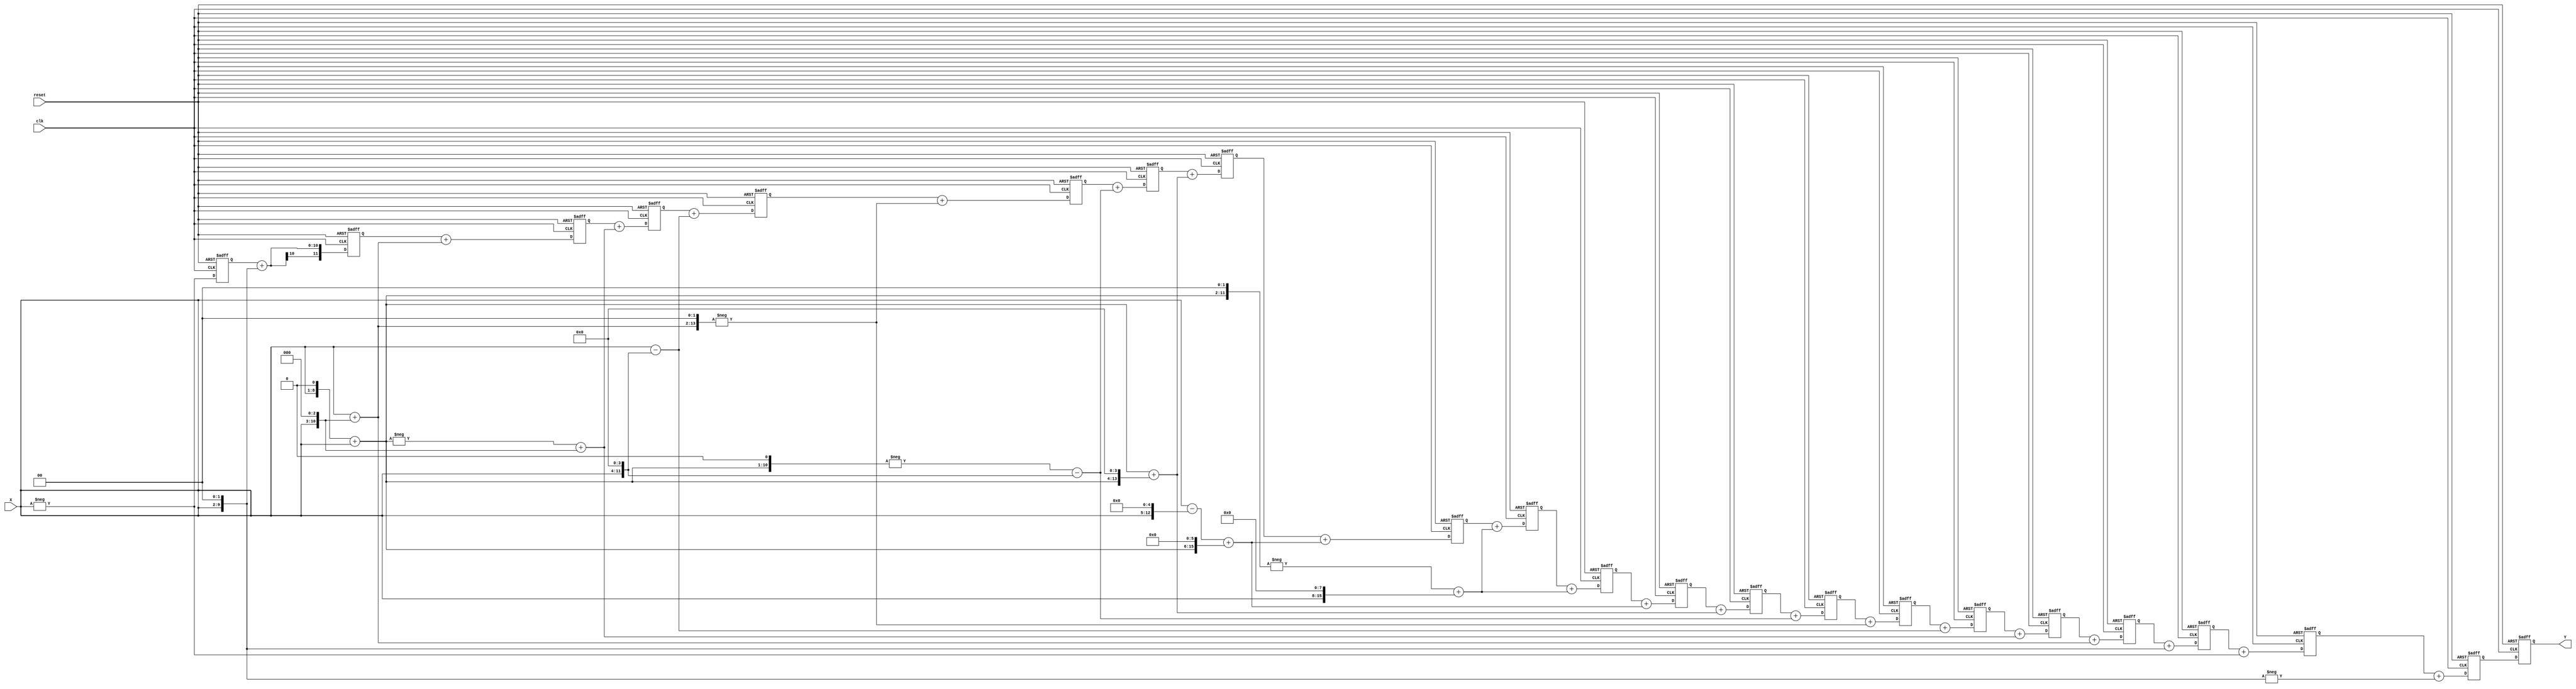
/*---------------------------------------------------------------------------*
* This solution is produced by FIR Filter Generator (FFG) based on the       *
* Radix-2^r Multiple-Constant-Multiplication (MCM) algorithm developed       *
* by A.K. Oudjida. The FFG program is writen by M.L. Berrandjia based on     * 
* the FFG specifications given by A. Liacha.                                 *
* Copyright (c) 2015 CDTA (www.cdta.dz). Personal use of this material is    *
* permitted. However, permission to use this material for any other purposes *
* must be obtained from the CDTA by sending an email to a_oudjida@cdta.dz    *
*----------------------------------------------------------------------------*/

// FIR filter generator (release version 1.0.0)

module radix_fir_21 (clk, reset, X, Y); 

//Parameters
parameter word_size_in = 8; // Bit-size of the filter input X 
parameter word_size_out = 20; // Bit-size of the filter output Y, 
                              // word_size_out = word_size_in + ceil(log2(sum(abs(Ci))))+1

//Inputs & Outputs
input clk, reset;
input signed [word_size_in-1:0] X;   // Filter input in two's complement representation
output signed [word_size_out-1:0] Y; // Filter output in two's complement representation

reg  [word_size_out-1:0] Y;

// MCM bloc
// Radix-2^r MCM solution of the reduced set (Hmin set) including positive/odd constants only

// Radix-2^r odd-multiples
wire signed [word_size_in:0] x1;
wire signed [10:0] x3;
assign x1 = X;
assign x3 = +(x1<<1)+(x1<<0);

// Hmin set
wire signed  [11:0] x_4;  // coefficients_size = word_size_in + ceil(log2(Ci))
wire signed  [9:0] x_1;
wire signed  [11:0] x4;
wire signed  [12:0] x9;
wire signed  [11:0] x5;
wire signed  [12:0] x_15;
wire signed  [14:0] x_36;
wire signed  [13:0] x_22;
wire signed  [14:0] x51;
wire signed  [16:0] x161;
wire signed  [16:0] x244;

// Radix-2^r recoding of the Hmin set
assign x_4 = -(x1<<2);
assign x_1 = -(x1<<0);
assign x4 = +(x1<<2);
assign x9 = +(x1<<0)+(x1<<3);
assign x5 = -(x3<<0)+(x1<<3);
assign x_15 = +(x1<<0)-(x1<<4);
assign x_36 = -(x9<<2);
assign x_22 = -(x3<<1)-(x1<<4);
assign x51 = +(x3<<0)+(x3<<4);
assign x161 = +(x1<<0)-(x1<<5)+(x3<<6);
assign x244 = -(x3<<2)+(x1<<8);

// SCM_i = Ci x X
wire signed  [11:0] SCM_0;  //SCM_i_size = word_size_in + ceil(log2(Ci))
wire signed  [9:0] SCM_1;
wire signed  [11:0] SCM_2;
wire signed  [12:0] SCM_3;
wire signed  [11:0] SCM_4;
wire signed  [12:0] SCM_5;
wire signed  [14:0] SCM_6;
wire signed  [13:0] SCM_7;
wire signed  [14:0] SCM_8;
wire signed  [16:0] SCM_9;
wire signed  [16:0] SCM_10;
wire signed  [16:0] SCM_11;
wire signed  [16:0] SCM_12;
wire signed  [14:0] SCM_13;
wire signed  [13:0] SCM_14;
wire signed  [14:0] SCM_15;
wire signed  [12:0] SCM_16;
wire signed  [11:0] SCM_17;
wire signed  [12:0] SCM_18;
wire signed  [11:0] SCM_19;
wire signed  [9:0] SCM_20;

assign SCM_0 = x_4;
assign SCM_1 = x_1;
assign SCM_2 = x4;
assign SCM_3 = x9;
assign SCM_4 = x5;
assign SCM_5 = x_15;
assign SCM_6 = x_36;
assign SCM_7 = x_22;
assign SCM_8 = x51;
assign SCM_9 = x161;
assign SCM_10 = x244;
assign SCM_11 = x244;
assign SCM_12 = x161;
assign SCM_13 = x51;
assign SCM_14 = x_22;
assign SCM_15 = x_36;
assign SCM_16 = x_15;
assign SCM_17 = x5;
assign SCM_18 = x9;
assign SCM_19 = x4;
assign SCM_20 = x_1;

// MAC_i is the register i in the adder structure of the filter
reg signed  [19:0] MAC_0; //MAC_i_size = word_size_in + ceil(log2(Sum(Ci)))
reg signed  [19:0] MAC_1;
reg signed  [19:0] MAC_2;
reg signed  [19:0] MAC_3;
reg signed  [19:0] MAC_4;
reg signed  [19:0] MAC_5;
reg signed  [19:0] MAC_6;
reg signed  [19:0] MAC_7;
reg signed  [18:0] MAC_8;
reg signed  [18:0] MAC_9;
reg signed  [18:0] MAC_10;
reg signed  [18:0] MAC_11;
reg signed  [17:0] MAC_12;
reg signed  [16:0] MAC_13;
reg signed  [15:0] MAC_14;
reg signed  [15:0] MAC_15;
reg signed  [14:0] MAC_16;
reg signed  [13:0] MAC_17;
reg signed  [12:0] MAC_18;
reg signed  [11:0] MAC_19;
reg signed  [9:0] MAC_20;

wire signed  [19:0] Y_in;

always @(posedge clk or negedge reset) begin
  if(~reset) begin
    reset_reg;
  end
  else begin
    init_reg;
    Y <= Y_in;
    MAC_0 <=  MAC_1 + SCM_0;
    MAC_1 <=  MAC_2 + SCM_1;
    MAC_2 <=  MAC_3 + SCM_2;
    MAC_3 <=  MAC_4 + SCM_3;
    MAC_4 <=  MAC_5 + SCM_4;
    MAC_5 <=  MAC_6 + SCM_5;
    MAC_6 <=  MAC_7 + SCM_6;
    MAC_7 <=  MAC_8 + SCM_7;
    MAC_8 <=  MAC_9 + SCM_8;
    MAC_9 <=  MAC_10 + SCM_9;
    MAC_10 <=  MAC_11 + SCM_10;
    MAC_11 <=  MAC_12 + SCM_11;
    MAC_12 <=  MAC_13 + SCM_12;
    MAC_13 <=  MAC_14 + SCM_13;
    MAC_14 <=  MAC_15 + SCM_14;
    MAC_15 <=  MAC_16 + SCM_15;
    MAC_16 <=  MAC_17 + SCM_16;
    MAC_17 <=  MAC_18 + SCM_17;
    MAC_18 <=  MAC_19 + SCM_18;
    MAC_19 <=  MAC_20 + SCM_19;
    MAC_20 <=  SCM_20;
  end
end

assign Y_in = MAC_0;

// Tasks

task reset_reg;
  begin
    MAC_0 <=  0;
    MAC_1 <=  0;
    MAC_2 <=  0;
    MAC_3 <=  0;
    MAC_4 <=  0;
    MAC_5 <=  0;
    MAC_6 <=  0;
    MAC_7 <=  0;
    MAC_8 <=  0;
    MAC_9 <=  0;
    MAC_10 <=  0;
    MAC_11 <=  0;
    MAC_12 <=  0;
    MAC_13 <=  0;
    MAC_14 <=  0;
    MAC_15 <=  0;
    MAC_16 <=  0;
    MAC_17 <=  0;
    MAC_18 <=  0;
    MAC_19 <=  0;
    MAC_20 <=  0;
    Y <= 0;
  end
endtask

task init_reg;
  begin
    Y <= Y;
    MAC_0 <=  MAC_0;
    MAC_1 <=  MAC_1;
    MAC_2 <=  MAC_2;
    MAC_3 <=  MAC_3;
    MAC_4 <=  MAC_4;
    MAC_5 <=  MAC_5;
    MAC_6 <=  MAC_6;
    MAC_7 <=  MAC_7;
    MAC_8 <=  MAC_8;
    MAC_9 <=  MAC_9;
    MAC_10 <=  MAC_10;
    MAC_11 <=  MAC_11;
    MAC_12 <=  MAC_12;
    MAC_13 <=  MAC_13;
    MAC_14 <=  MAC_14;
    MAC_15 <=  MAC_15;
    MAC_16 <=  MAC_16;
    MAC_17 <=  MAC_17;
    MAC_18 <=  MAC_18;
    MAC_19 <=  MAC_19;
    MAC_20 <=  MAC_20;
  end
endtask

endmodule